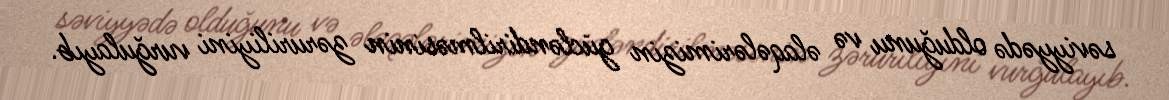
səviyyədə olduğunu və əlaqələrimizin gücləndirilməsinin zəruriliyini vurğulayıb.